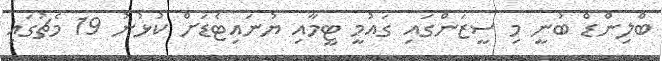
ބްލިންޑް ބުނީ މި ސީޒަންގައި ގައުމީ ޓީމާއި ޔުނައިޓެޑަށް ކުޅުނު 19 މެޗުގައި